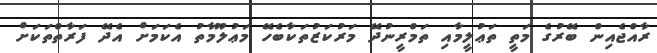
ރާއްޖެއިން ބޭރުގެ މަތީ ތަޢުލީމާއި ތަމްރީނުދޭ މަރުކަޒުތަކާބެހޭ މަޢުލޫމާތު އެކަމަށް އެދޭ ފަރާތްތަކަށް